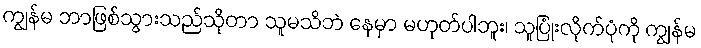
ကျွန်မ ဘာဖြစ်သွားသည်သိုတာ သူမသိဘဲ နေမှာ မဟုတ်ပါဘူး၊ သူပြုံးလိုက်ပုံကို ကျွန်မ